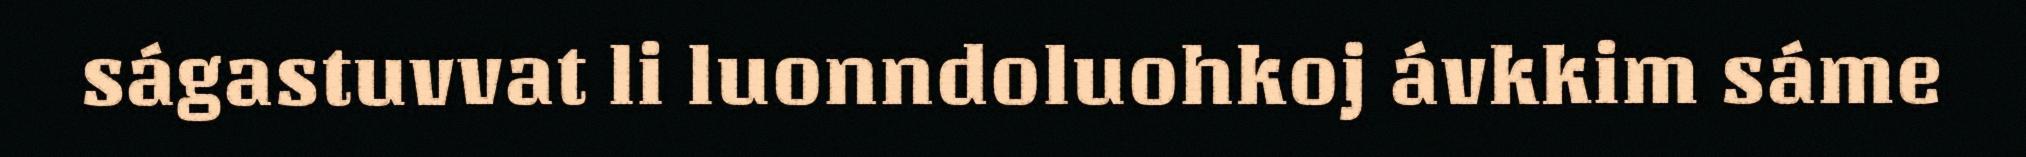
ságastuvvat li luonndoluohkoj ávkkim sáme